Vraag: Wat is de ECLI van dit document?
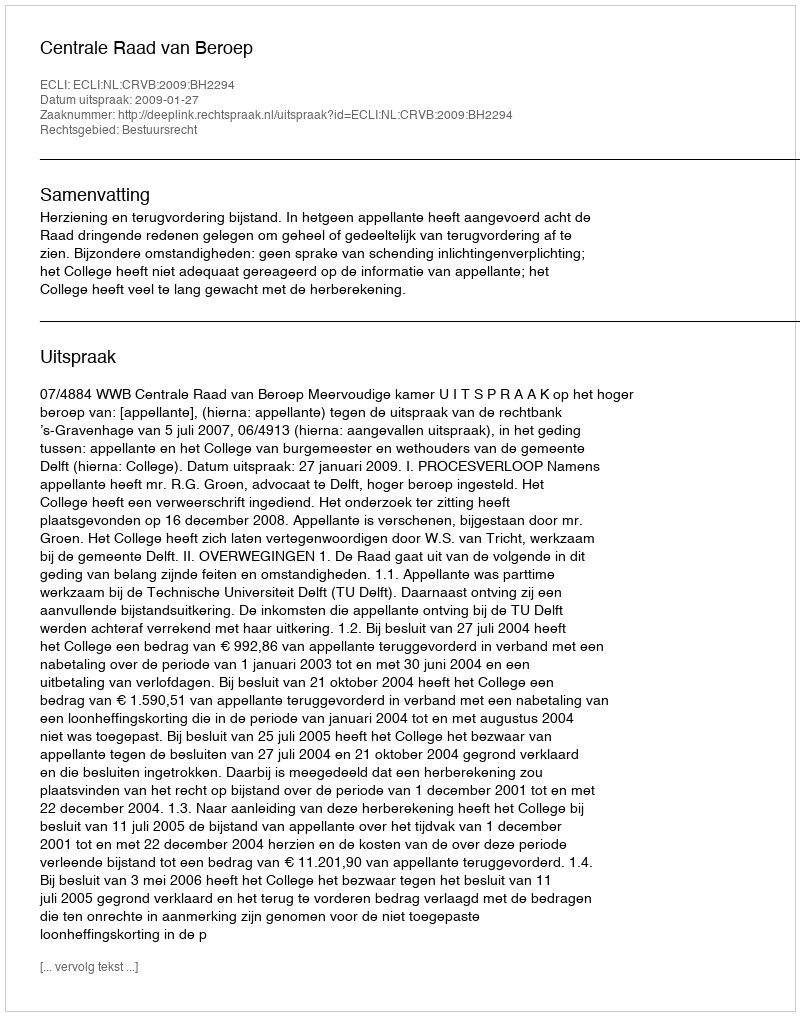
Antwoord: ECLI:NL:CRVB:2009:BH2294